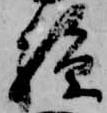
孫